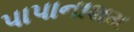
પાપાનાશમ